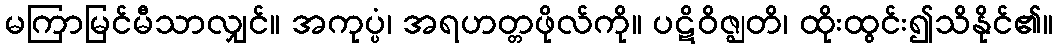
မကြာမြင်မီသာလျှင်။ အကုပ္ပံ၊ အရဟတ္တဖိုလ်ကို။ ပဋိဝိဇ္ဈတိ၊ ထိုးထွင်း၍သိနိုင်၏။